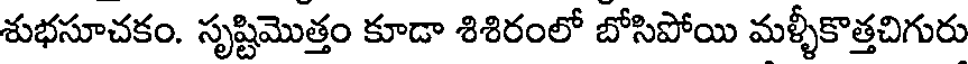
శుభసూచకం. సృష్టిమొత్తం కూడా శిశిరంలో బోసిపోయి మళ్ళీకొత్తచిగురు